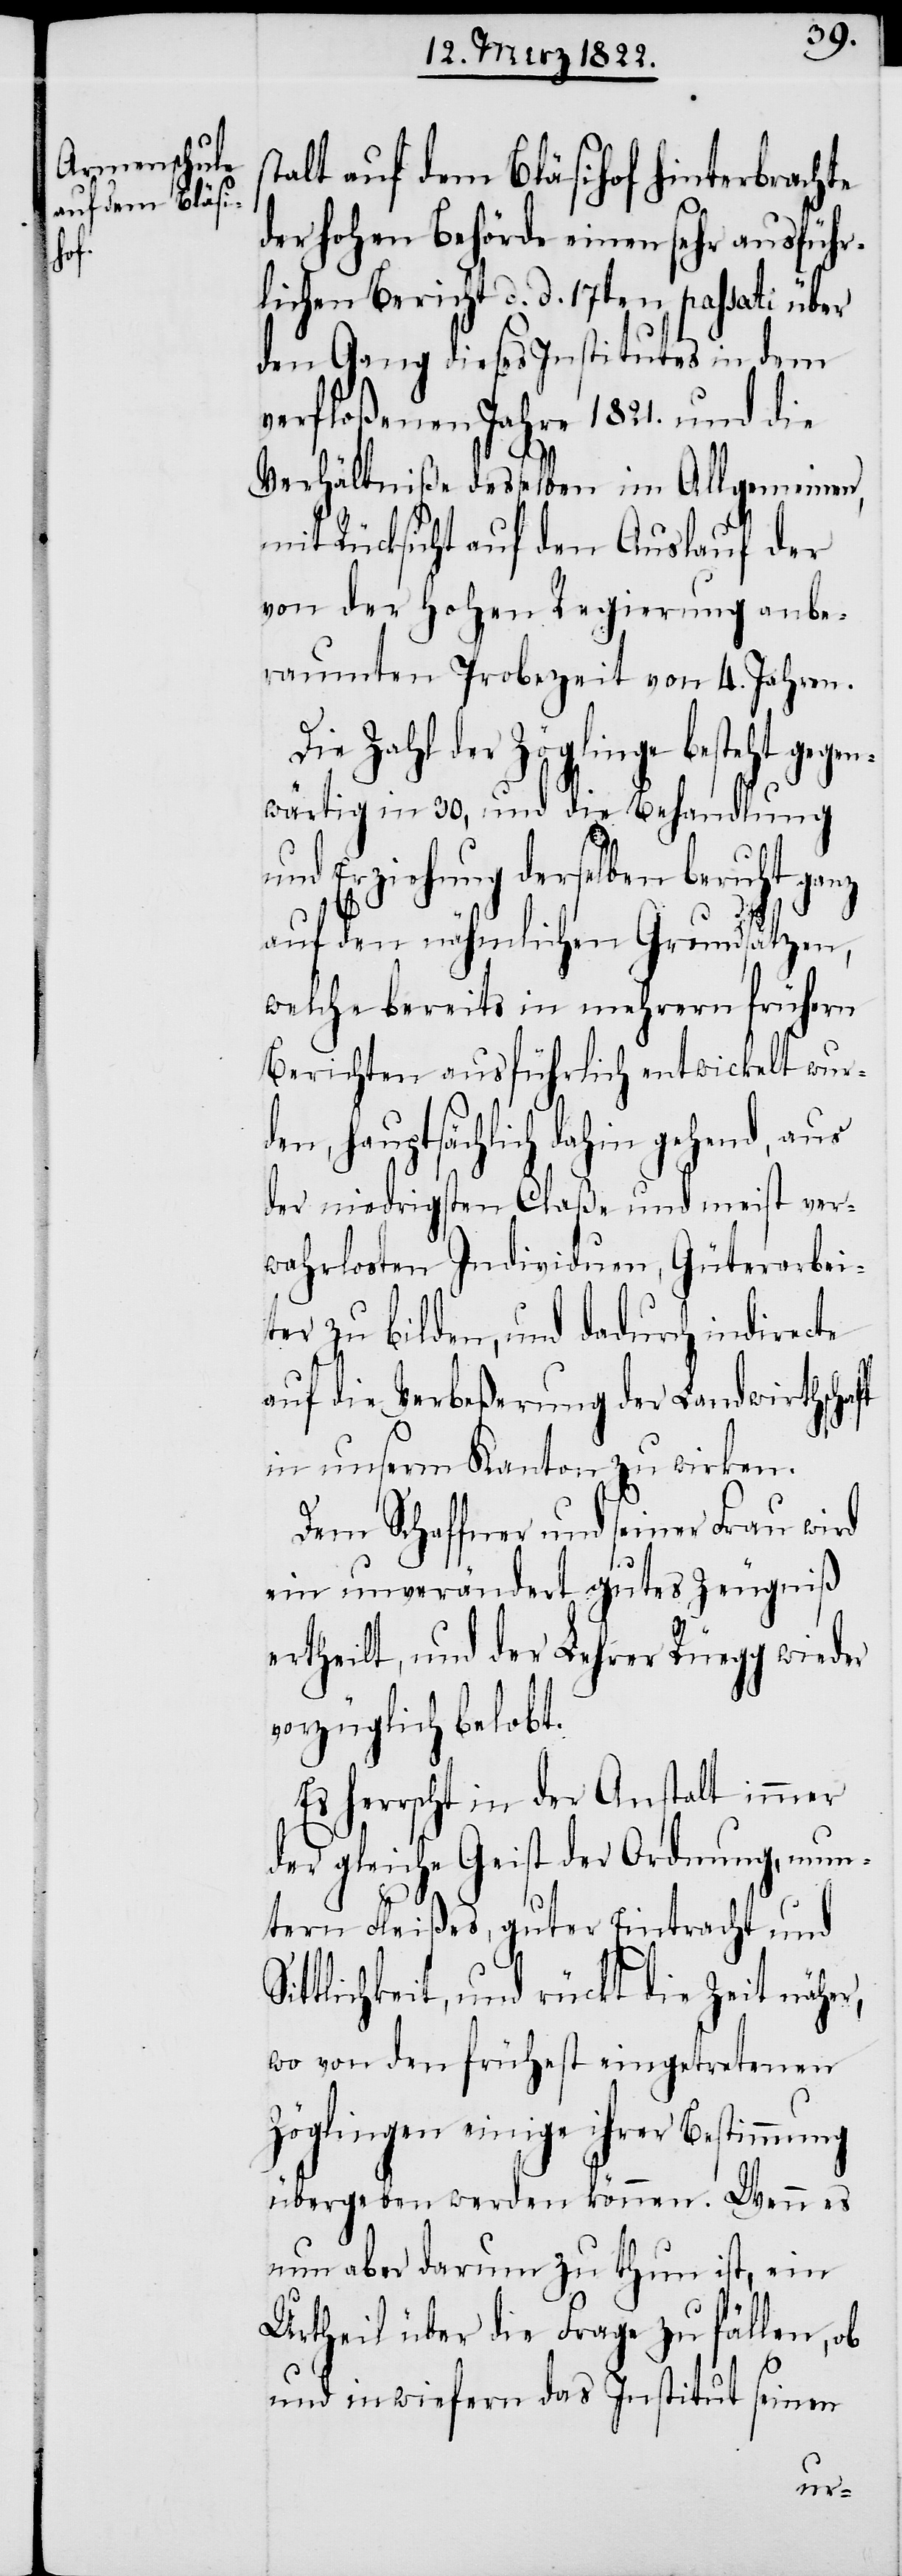
stalt auf dem Bläsihof hinterbrachte
der hohen Behörde einen sehr ausführ¬
lichen Bericht d. d. 17ten passati über
den Gang dieses Institutes in dem
verfloßenen Jahre 1821. und die
Verhältniße desselben im Allgemeinen,
mit Rücksicht auf den Auslauf der
von der hohen Regierung ange¬
raumten Probezeit von 4. Jahren.
Die Zahl der Zöglinge besteht gegen¬
wärtig in 30, und die Behandlung
und Erziehung derselben beruht ganz
auf den nähmlichen Grundsätzen,
welche bereits in mehrern frühern
Berichten ausführlich entwickelt wur¬
den, hauptsächlich dahin gehend, aus
der niedrigsten Claße und meist ver¬
wahrlosten Individuen, Güterarbei¬
ter zu bilden, und dadurch indirecte
auf die Verbeßerung der Landwirthschaft
in unserm Kanton zu wirken.
Dem Schaffner und seiner Frau wird
ein unverändert gutes Zeugniß
ertheilt, und der Lehrer Rüegg wieder
vorzüglich belobt.
Es herrscht in der Anstalt immer
der gleiche Geist der Ordnung, mun¬
tern Fleißes, guter Eintracht und
Sittlichkeit, und rückt die Zeit näher,
wo von den frühest ausgetretenen
Zöglingen einige ihrer Bestimmung
übergeben werden können. Wenn es
nun aber darum zu thun ist, ein
Urtheil über die Frage zu fällen, ob
und inwiefern das Institut seinen